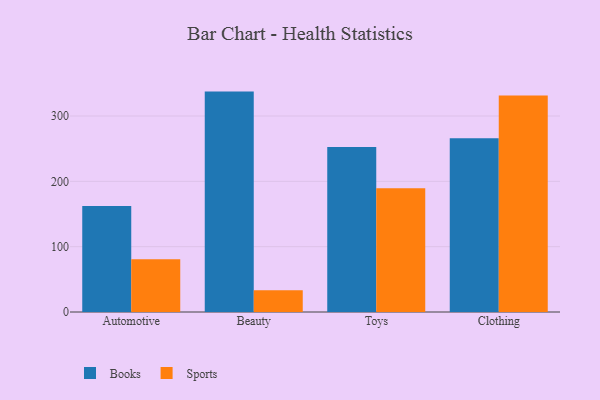
{"axis": {"x": "Category", "y": "Active Users"}, "legend": ["Books", "Sports"], "data": [{"x": "Automotive", "y": 162.1, "type": "Books"}, {"x": "Automotive", "y": 80.8, "type": "Sports"}, {"x": "Beauty", "y": 337.4, "type": "Books"}, {"x": "Beauty", "y": 33.4, "type": "Sports"}, {"x": "Toys", "y": 252.5, "type": "Books"}, {"x": "Toys", "y": 189.6, "type": "Sports"}, {"x": "Clothing", "y": 266.0, "type": "Books"}, {"x": "Clothing", "y": 331.5, "type": "Sports"}]}